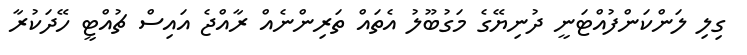
ގިލި ލަންކަންފުއްޓަނީ ދުނިޔޭގެ މަގުބޫލު އެތައް ތަރިންނެއް ރާއްޖެ އައިސް ޗުއްޓީ ހޭދަކުރާ